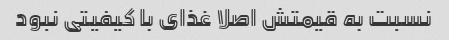
نسبت به قیمتش اصلا غذای با کیفیتی نبود